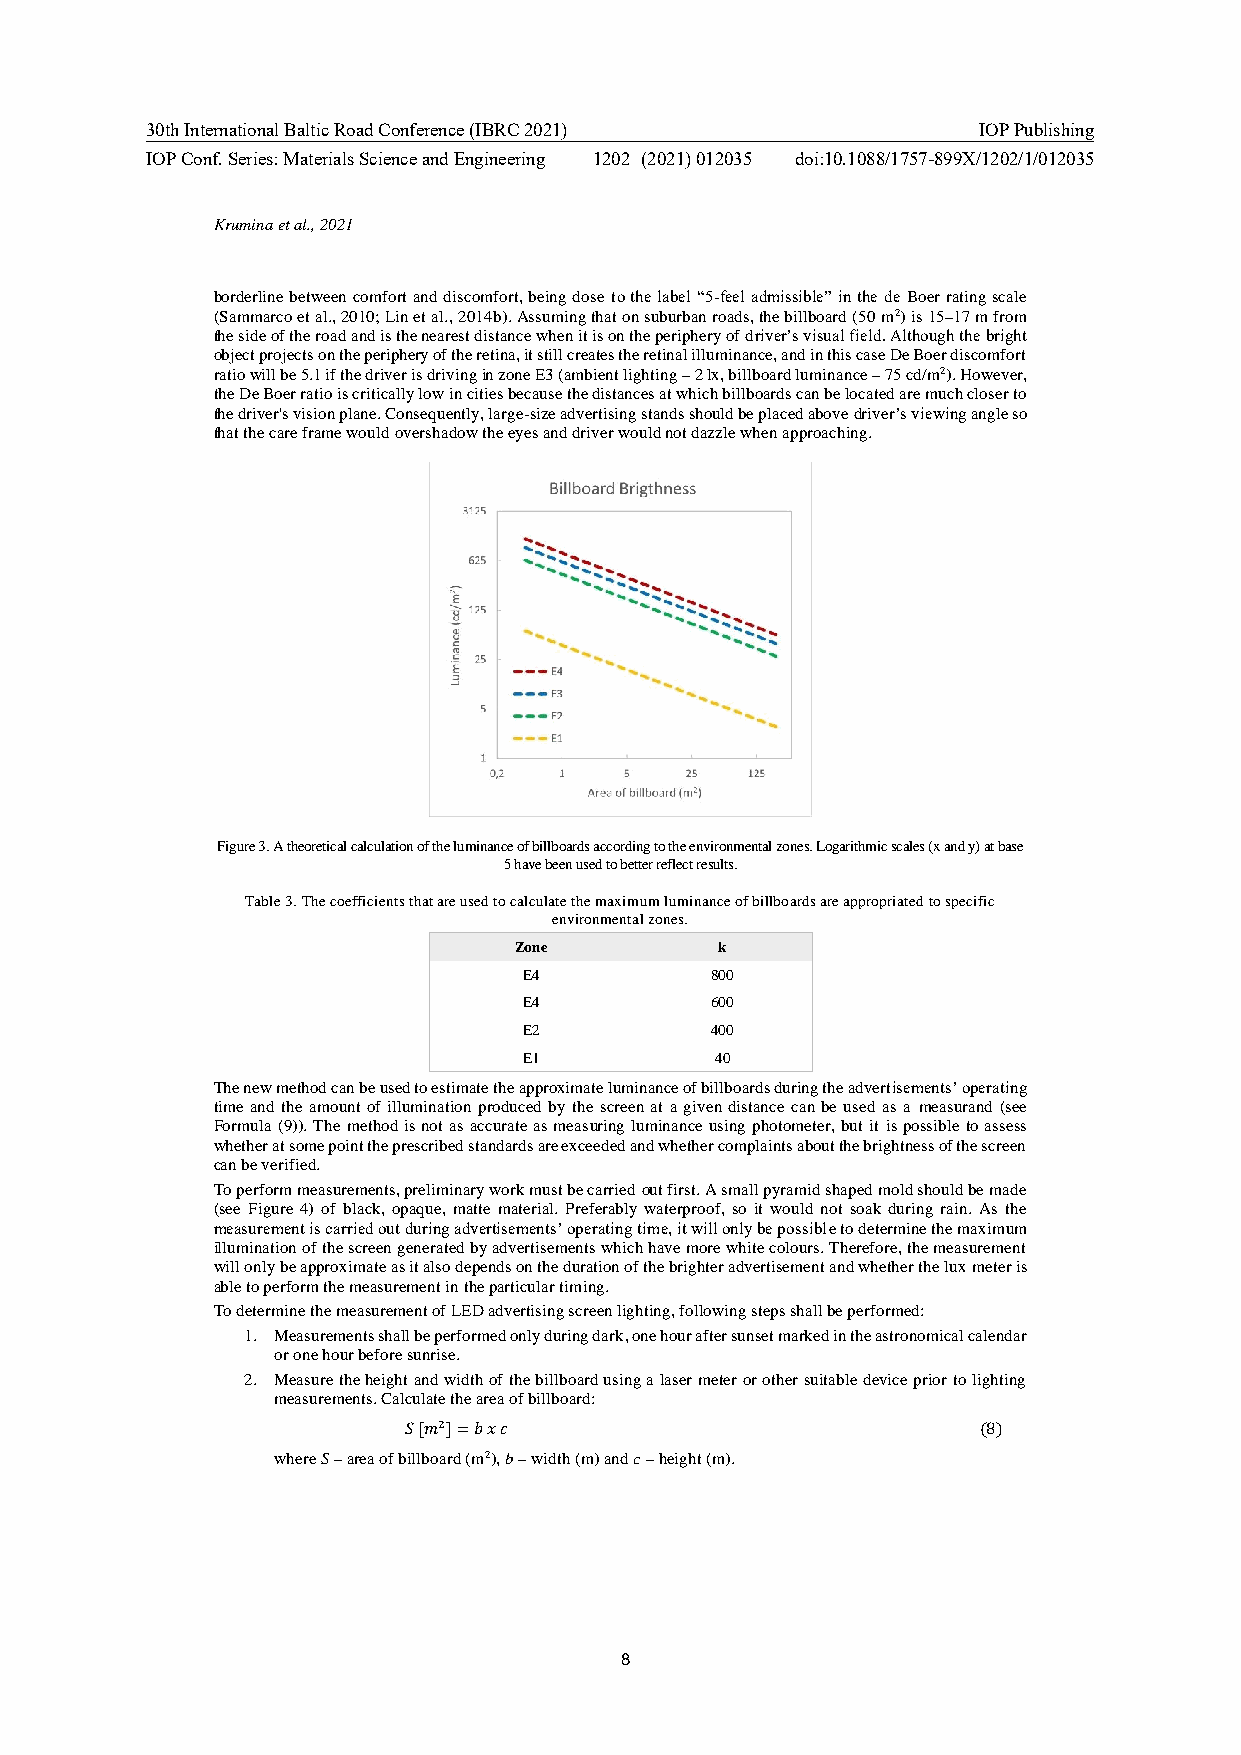
30th International Baltic Road Conference (IBRC 2021)  IOP Publishing
 IOP Conf. Series: Materials Science and Engineering 1202 (2021) 012035 doi:10.1088/1757-899X/1202/1/012035
 Krumina et al., 2021
 borderline between comfort and discomfort, being dose to the label “5-feel admissible” in the de Boer rating scale
 (Sammarco et al., 2010; Lin et al., 2014b). Assuming that on suburban roads, the billboard (50 m2) is 15–17 m from
 the side of the road and is the nearest distance when it is on the periphery of driver’s visual field. Although the bright
 object projects on the periphery of the retina, it still creates the retinal illuminance, and in this case De Boer discomfort
 ratio will be 5.1 if the driver is driving in zone E3 (ambient lighting – 2 lx, billboard luminance – 75 cd/m2). However,
 the De Boer ratio is critically low in cities because the distances at which billboards can be located are much closer to
 the driver's vision plane. Consequently, large-size advertising stands should be placed above driver’s viewing angle so
 that the care frame would overshadow the eyes and driver would not dazzle when approaching.
 Figure 3. A theoretical calculation of the luminance of billboards according to the environmental zones. Logarithmic scales (x and y) at base
 5 have been used to better reflect results.
 Table 3. The coefficients that are used to calculate the maximum luminance of billboards are appropriated to specific
 environmental zones.
 Zone          k
 E4          800
 E4          600
 E2          400
 E1          40
 The new method can be used to estimate the approximate luminance of billboards during the advertisements’ operating
 time and the amount of illumination produced by the screen at a given distance can be used as a measurand (see
 Formula (9)). The method is not as accurate as measuring luminance using photometer, but it is possible to assess
 whether at some point the prescribed standards are exceeded and whether complaints about the brightness of the screen
 can be verified.
 To perform measurements, preliminary work must be carried out first. A small pyramid shaped mold should be made
 (see Figure 4) of black, opaque, matte material. Preferably waterproof, so it would not soak during rain. As the
 measurement is carried out during advertisements’ operating time, it will only be possible to determine the maximum
 illumination of the screen generated by advertisements which have more white colours. Therefore, the measurement
 will only be approximate as it also depends on the duration of the brighter advertisement and whether the lux meter is
 able to perform the measurement in the particular timing.
 To determine the measurement of LED advertising screen lighting, following steps shall be performed:
 1. Measurements shall be performed only during dark, one hour after sunset marked in the astronomical calendar
 or one hour before sunrise.
 2. Measure the height and width of the billboard using a laser meter or other suitable device prior to lighting
 measurements. Calculate the area of billboard:
 𝑆 [𝑚2]=𝑏 𝑥 𝑐                          (8)
 where S – area of billboard (m2), b – width (m) and c – height (m).
 8